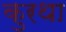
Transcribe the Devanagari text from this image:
कुरथा